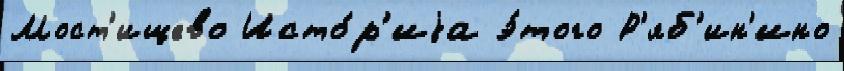
Мост'ищево Исто́р'иjа э́того Р'яб'ин'ино